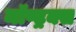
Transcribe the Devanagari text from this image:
मॉण्ट्रक्स